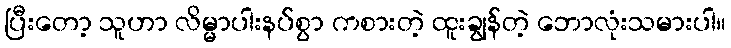
ပြီးတော့ သူဟာ လိမ္မာပါးနပ်စွာ ကစားတဲ့ ထူးချွန်တဲ့ ဘောလုံးသမားပါ။